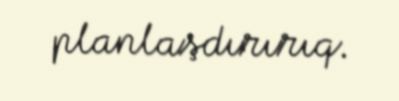
planlaşdırırıq.